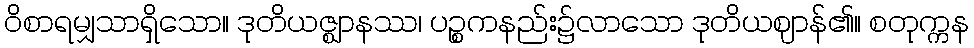
ဝိစာရမျှသာရှိသော။ ဒုတိယဇ္ဈာနဿ၊ ပဉ္စကနည်း၌လာသော ဒုတိယဈာန်၏။ စတုက္ကန